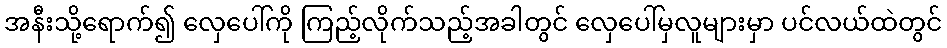
အနီးသို့ရောက်၍ လှေပေါ်ကို ကြည့်လိုက်သည့်အခါတွင် လှေပေါ်မှလူများမှာ ပင်လယ်ထဲတွင်